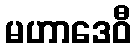
မဟာဒေဝီ